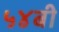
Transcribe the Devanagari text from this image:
५४बी